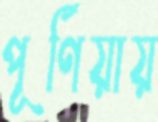
পূর্ণিয়ায়